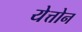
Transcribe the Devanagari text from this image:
येत्तोन